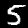
Label: 5